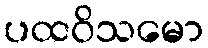
ပထဝိသမော